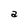
Character: a